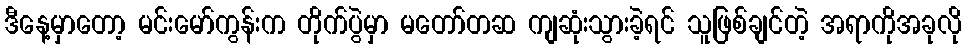
ဒီနေ့မှာတော့ မင်းမော်ကွန်းက တိုက်ပွဲမှာ မတော်တဆ ကျဆုံးသွားခဲ့ရင် သူဖြစ်ချင်တဲ့ အရာကိုအခုလို